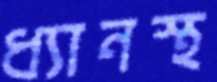
ধ্যানস্থ